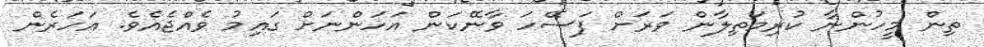
ތިން މީހުންނާ ކުރިމަތިލާން ވަރަށް ފަސޭހަ ވާނޭކަން އަހަންނަށް ގައިމު ވެއްޖެއެވެ. އަހަރެން